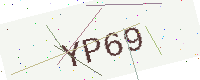
Text: YP69